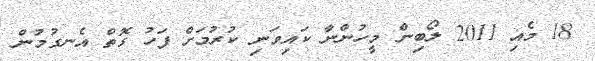
18 މެއި 2011 ލޯބިން މީހުންނާ ކައިވަނި ކުރުމަށް ފަހު ގޮތް އެނގުމުން